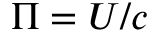
\Pi = U / c